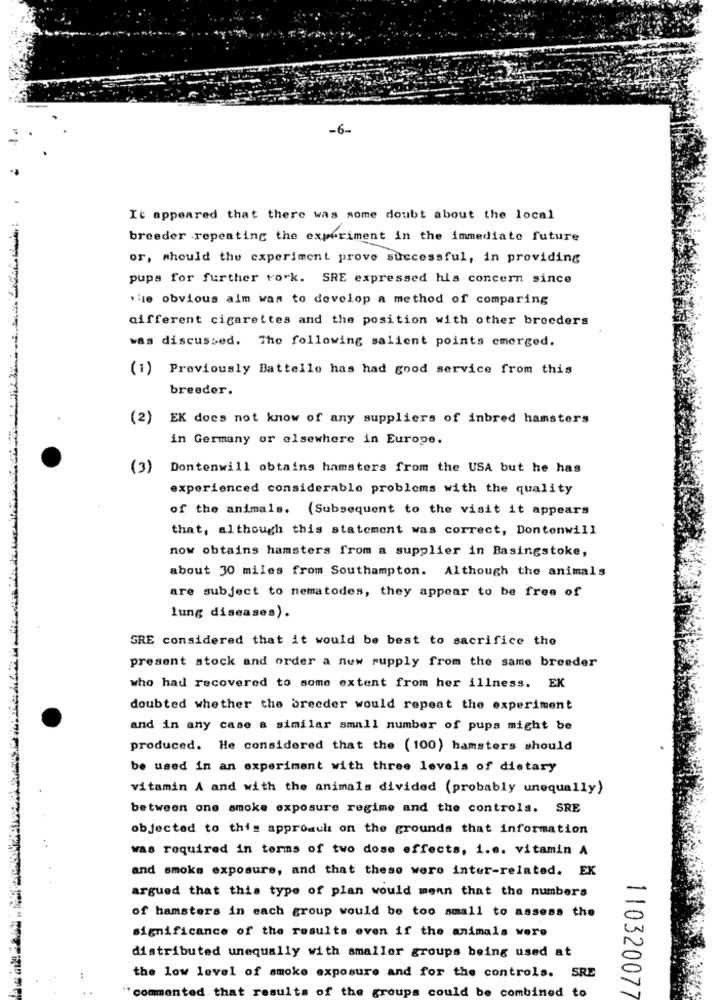
-6-
It appeared that there was some doubt about the local
breeder repeating the experiment in the immediate future
or, should the experiment prove successful, in providing
pups for further rork. SRE expressed his concern since
ie obvious aim was to develop a method of comparing
different cigarettes and the position with other breeders
was discussed. The following salient points emerged.
(1) Previously Battello has had good service from this
breeder.
(2) EK does not know of any suppliers of inbred hamsters
in Germany or elsewhere in Europe.
(3)
Dontenwill obtains hamsters from the USA but he has
experienced considerablo problems with the quality
of the animals. (Subsequent to the visit it appears
that, although this statement was correct, Dontenwill
now obtains hamsters from a supplier in Basingstoke,
about 30 miles from Southampton. Although the animals
are subject to nematodes, they appear to be free of
lung diseases).
GRE considered that it would be best to sacrifice the
present stock and order a new supply from the same breeder
who had recovered to some extent from her illness. EK
doubted whether the breeder would repeat the experiment
and in any case a similar small number of pups might be
produced. He considered that the (100) hamsters should
be used in an experiment with three levels of dietary
vitamin A and with the animals divided (probably unequally)
between one smoke exposure regime and the controls. SRE
objected to this approach on the grounds that information
was required in terms of two dose effects, i.e. vitamin A
and smoke exposure, and that these were inter-related. EX
argued that this type of plan would mean that the numbers
of hamsters in each group would be too small to assess the
significance of the results even if the animals were
distributed unequally with smaller groups being used at
:
the low level of smoke exposure and for the controls. SRE
" commented that results of the groups could be combined to
110320077